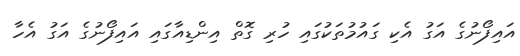
އައިފޯނުގެ އަގު އެކި ގައުމުތަކުގައި ހުރި ގޮތް އިންޑިއާގައި އައިފޯނުގެ އަގު އެހާ